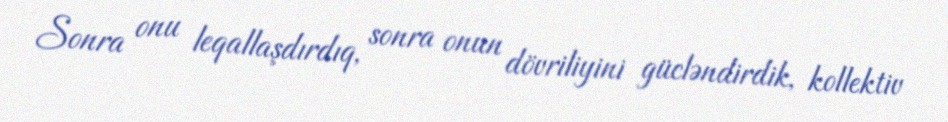
Sonra onu leqallaşdırdıq, sonra onun dövriliyini gücləndirdik, kollektiv